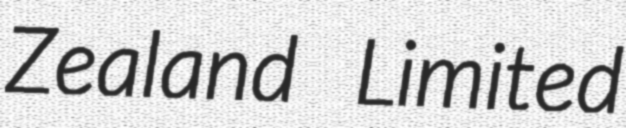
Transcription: Zealand Limited